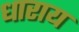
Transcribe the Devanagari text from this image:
धाराय